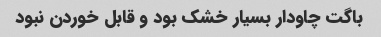
باگت چاودار بسیار خشک بود و قابل خوردن نبود